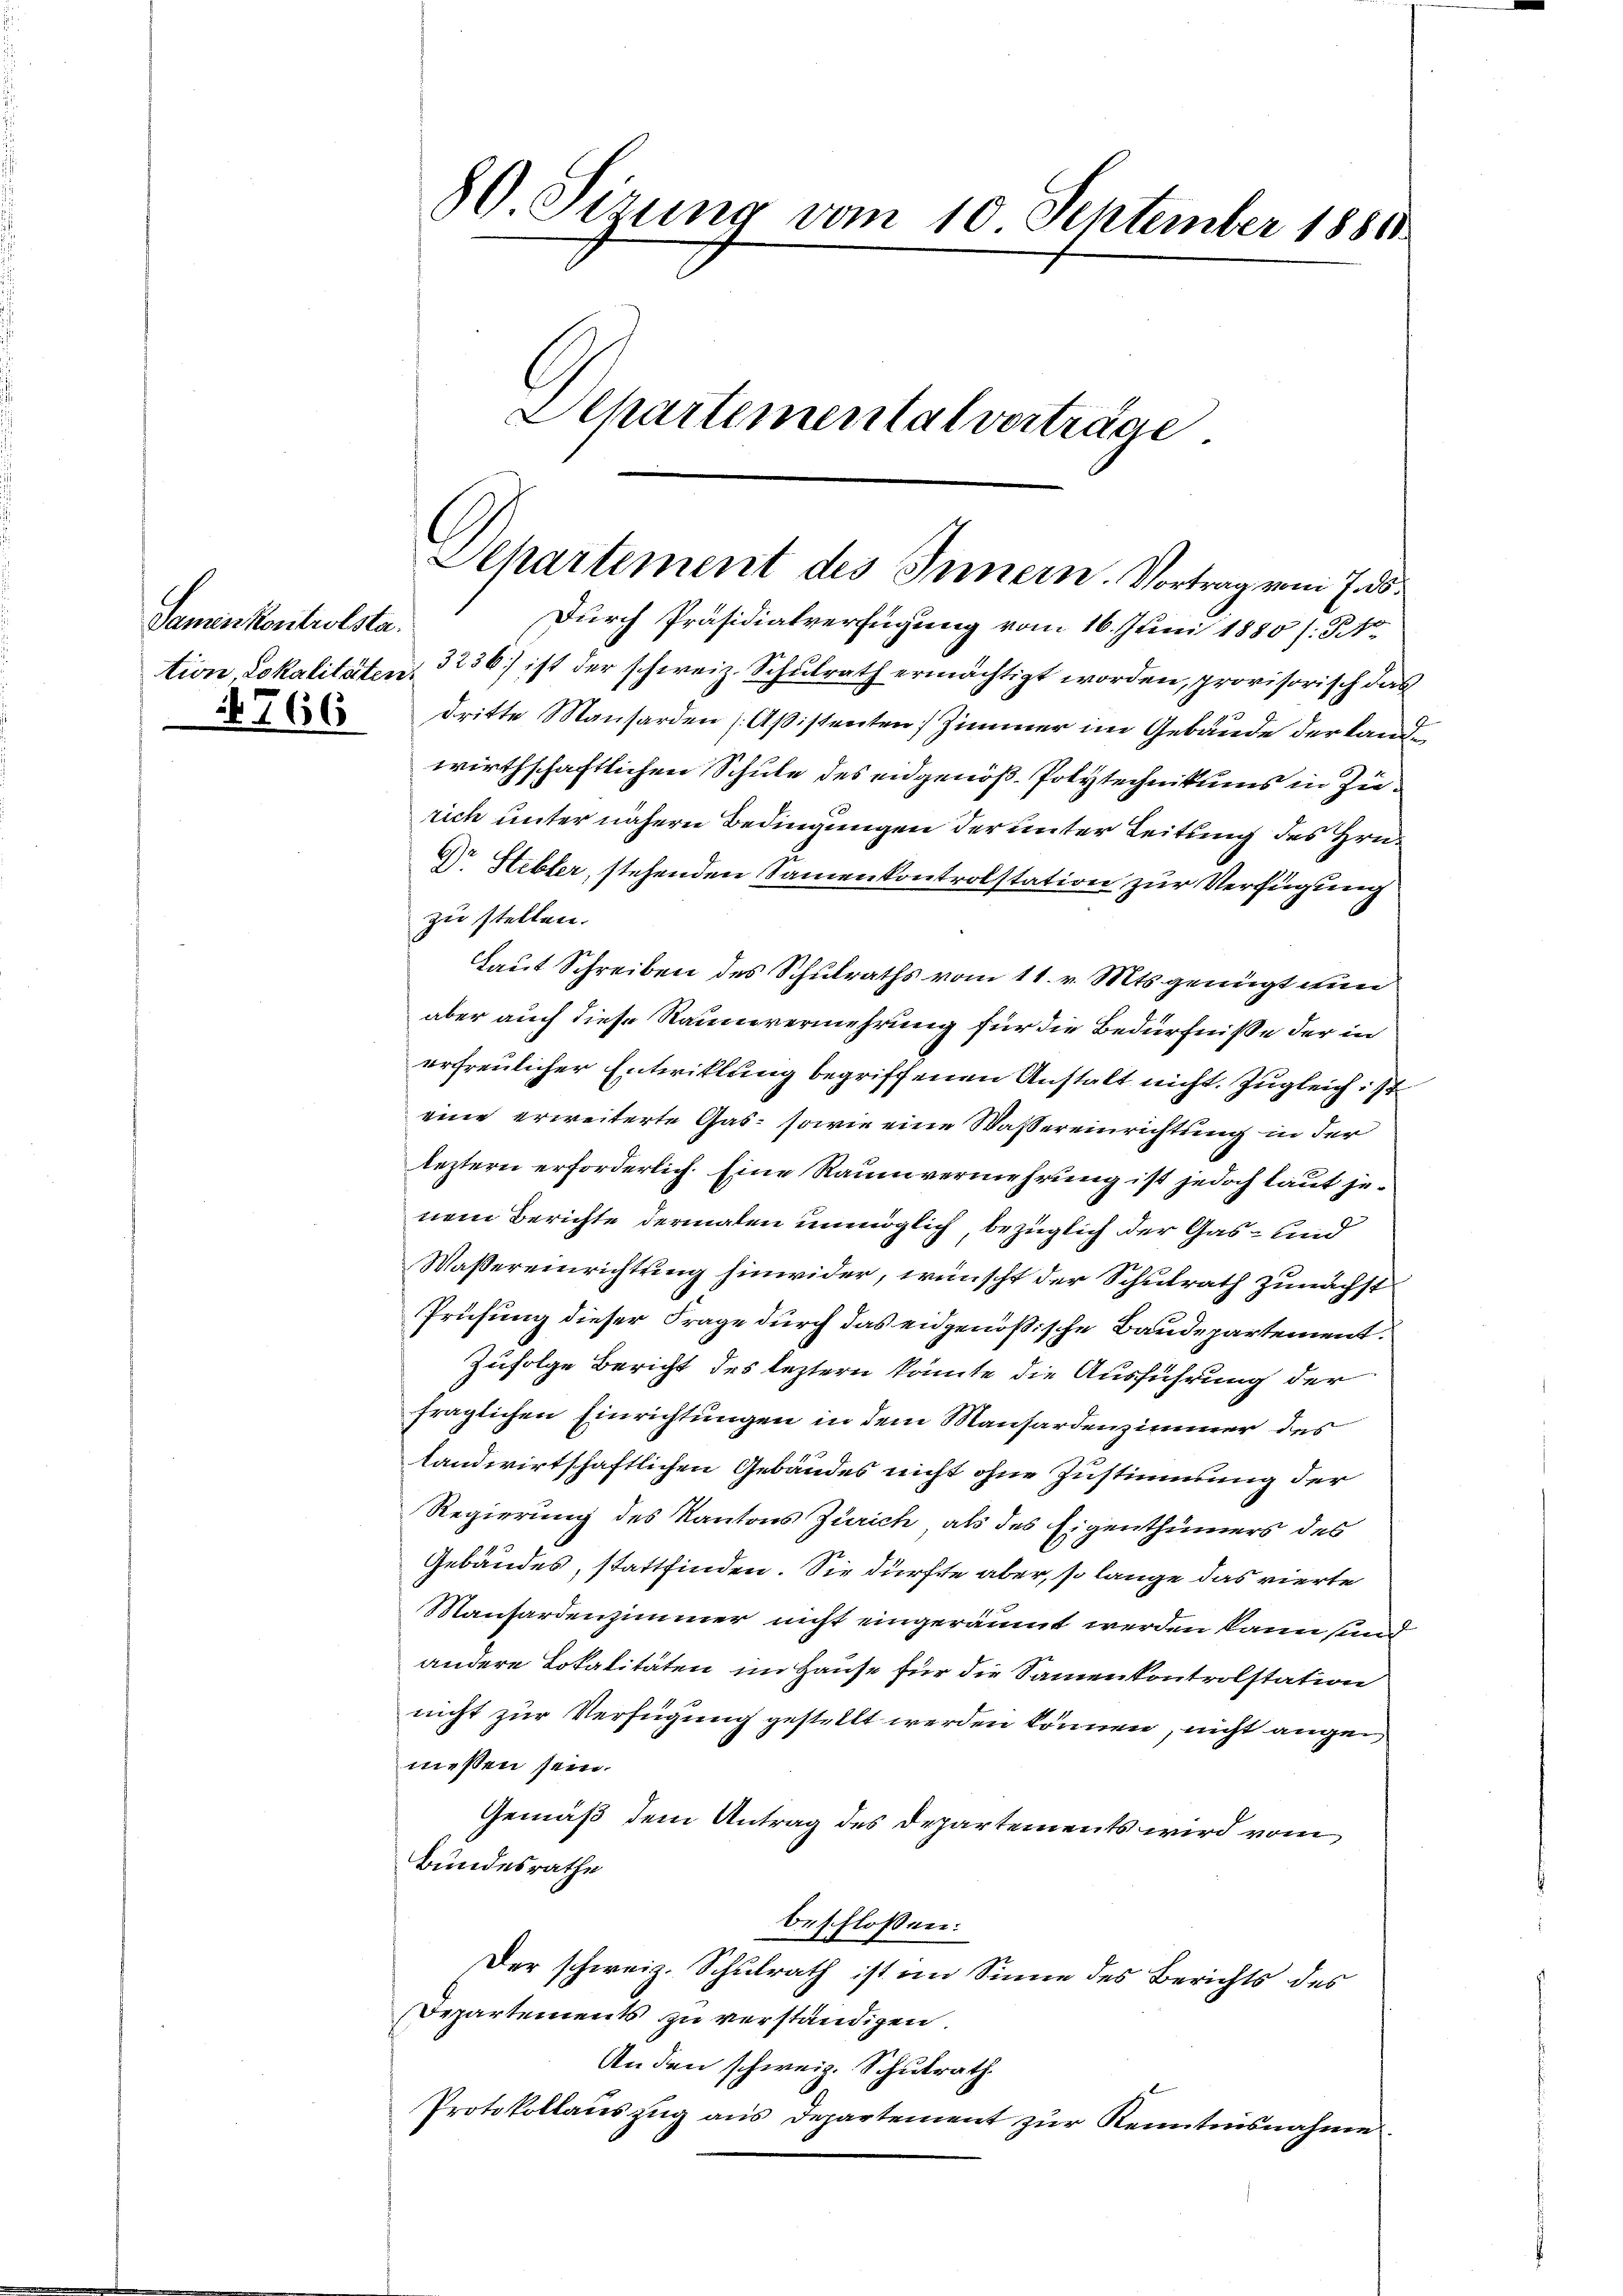
Samenkontrolsta

66

80. Sizung vom 10. September 1881
Schartementalverträge.

Separtement des Innern. Vortrag vom 7. ds.

Durch Präsidialverfügung vom 16. Juni 1880 /: § 1
tion, Lokalitäten 3236) ist der schweiz. Schulrath ermächtigt worden, provisorisch das
dritte Mansarden (Aßistenten Zimmer im Gebäude der Landwirthschaftlichen Schule des eidgenöß- Polytechnikums in Zierich unter nähern Bedingungen der unter Leitung des Hrn.
Dr Stibler, stehenden Samenkontrolstation zur Verfügung
zu stellen.
Laut Schreiben des Schulraths vom 11. v. Mts. genügt nun
aber auch diese Raumvermehrung für die Bedürfniße der in
erfreulicher Entwicklung begriffenen Anstalt nicht. Zugleich ist
eine erweiterte Gas- sowie eine Wassereinrichtung in der
leztern erforderlich. Eine Raumvermehrung ist jedoch laut jenem Berichte dermalen unmöglich, bezüglich der Gas- und
Wassereinrichtung hinwider, wünscht der Schulrath zunächst
Prüfung dieser Frage durch das eidgenößische Baudepartement.
Zufolge Bericht des leztern könnte die Ausführung der
fraglichen Einrichtungen in dem Mansardenzimmer des
landwirtschaftlichen Gebäudes nicht ohne Zustimmung der
Regierung des Kantons Zürich, als des Eigenthümers des
Gebäudes, stattfinden. Sie dürfte aber, so lange das vierte
Manhardenzimmer nicht eingeräumt werden kann sind
andere Lokalitäten im Hause für die Samenkontrolstation
nicht zur Verfügung gestellt werden können, nicht angemeßen sein.
Gemäß dem Antrag des Departements wird vom
Bundesrathe
beschlossen:
Der schweiz. Schulrath ist im Sinne des Berichts des
Departements zu verständigen.
Anden schweiz. Schulrath
Protokollauszug aus Departement zur Kenntnisnahme